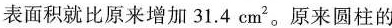
表面积就比原来增加31.4cm^{2}。原来圆柱的